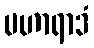
ပဟာရာဒံ